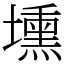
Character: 壎